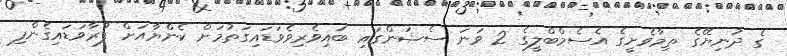
ގެ ދުނިޔޭގެ ތިމާވެށީގެ އެސެމްބްލީގެ 2 ވަނަ ސެޝަންގައި ބައިވެރިވެވަޑައިގަތުމަށް ކެންޔާއަށް ފުރާވަޑައިގެންފި